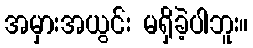
အမှားအယွင်း မရှိခဲ့ပါဘူး။